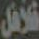
فلافل